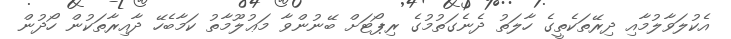
އެކުލަވާލުމާއި ދިރޭތަކެތީގެ ހާލަތު ދެނެގަތުމުގެ ރިޕޯޓަށް ބޭނުންވާ މަޢުލޫމާތު ކަމާބެހޭ ދާއިރާތަކުން ހޯދުން